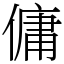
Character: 傭